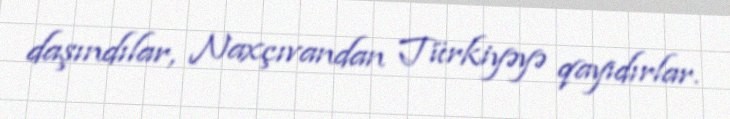
daşındılar, Naxçıvandan Türkiyəyə qayıdırlar.